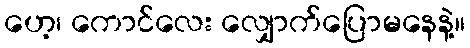
ဟေ့၊ ကောင်လေး လျှောက်ပြောမနေနဲ့။